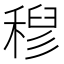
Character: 𮃗